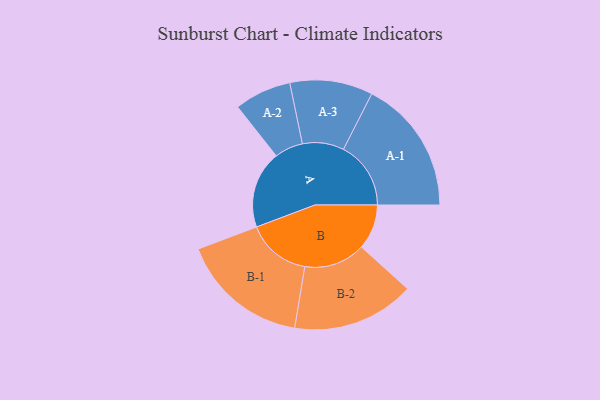
{"axis": {"x": "Segment", "y": "Value"}, "legend": ["", "A", "B"], "data": [{"x": "A", "y": 340, "type": ""}, {"x": "B", "y": 198, "type": ""}, {"x": "A-1", "y": 296, "type": "A"}, {"x": "A-2", "y": 125, "type": "A"}, {"x": "A-3", "y": 182, "type": "A"}, {"x": "B-1", "y": 282, "type": "B"}, {"x": "B-2", "y": 269, "type": "B"}]}